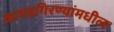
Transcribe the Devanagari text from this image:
कापडगिरण्यांमधील